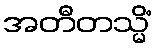
အတီတသ္မိံ